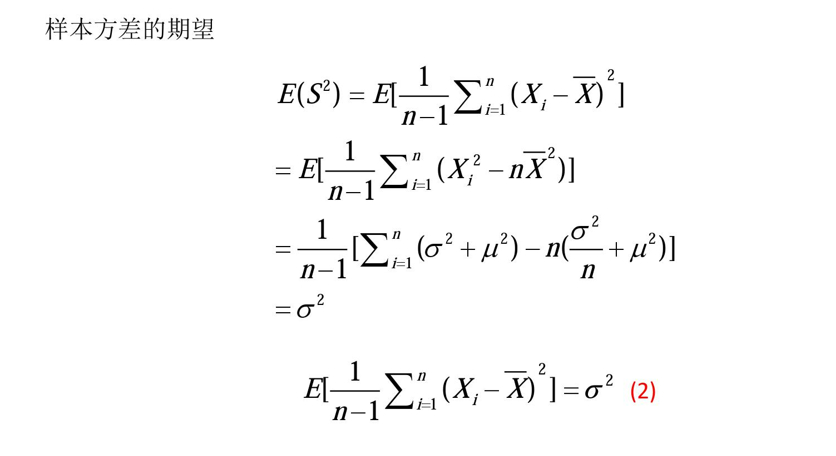
样本方差的期望
\[
\begin{align*}
E(S^{2})&=E\left[\frac{1}{n - 1}\sum_{i = 1}^{n}(X_{i}-\overline{X})^{2}\right]\\
&=E\left[\frac{1}{n - 1}\sum_{i = 1}^{n}(X_{i}^{2}-n\overline{X}^{2})\right]\\
&=\frac{1}{n - 1}\left[\sum_{i = 1}^{n}(\sigma^{2}+\mu^{2})-n(\frac{\sigma^{2}}{n}+\mu^{2})\right]\\
&=\sigma^{2}\\
E\left[\frac{1}{n - 1}\sum_{i = 1}^{n}(X_{i}-\overline{X})^{2}\right]&=\sigma^{2}\ (2)
\end{align*}
\]